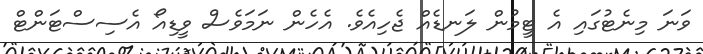
ވަނަ މިނެޓުގައި އެ ޓީމުން ލަނޑެއް ޖެހިއެވެ. އެހެން ނަމަވެސް ވީޑިއޯ އެސިސްޓަންޓް